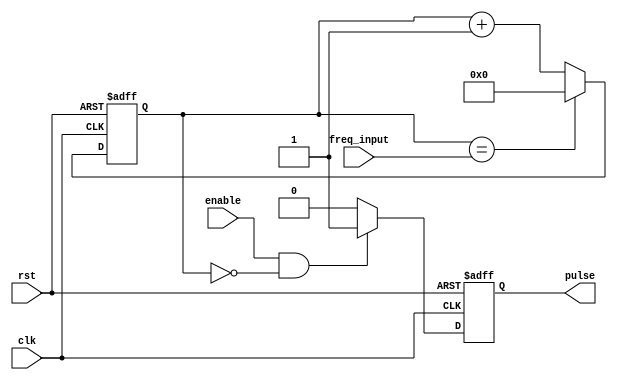
module VariableFrequencyPulseGenerator (
    input wire clk,
    input wire rst,
    input wire enable,
    input wire freq_input,
    output wire pulse
);

reg [31:0] counter;
reg pulse_reg;

// Clock divider
always @(posedge clk or posedge rst) begin
    if (rst) begin
        counter <= 32'h0;
    end else begin
        if (counter == freq_input) begin
            counter <= 32'h0;
        end else begin
            counter <= counter + 1;
        end
    end
end

// Timing control
always @(posedge clk or posedge rst) begin
    if (rst) begin
        pulse_reg <= 1'b0;
    end else begin
        if (enable && (counter == 0)) begin
            pulse_reg <= 1'b1;
        end else begin
            pulse_reg <= 1'b0;
        end
    end
end

assign pulse = pulse_reg;

endmodule